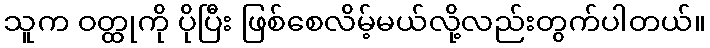
သူက ဝတ္ထုကို ပိုပြီး ဖြစ်စေလိမ့်မယ်လို့လည်းတွက်ပါတယ်။